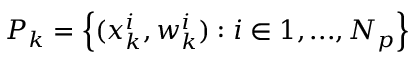
P _ { k } = \Bigl \{ ( x _ { k } ^ { i } , w _ { k } ^ { i } ) : i \in { 1 , . . . , N _ { p } } \Bigr \}